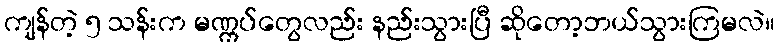
ကျန်တဲ့ ၅ သန်းက မဏ္ကပ်တွေလည်း နည်းသွားပြီ ဆိုတော့ဘယ်သွားကြမလဲ။